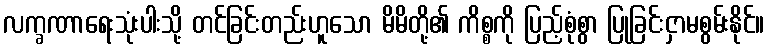
လက္ခဏာရေးသုံးပါးသို့ တင်ခြင်းတည်းဟူသော မိမိတို့၏ ကိစ္စကို ပြည့်စုံစွာ ပြုခြင်းငှာမစွမ်းနိုင်။